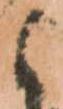
と